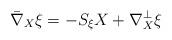
LaTeX: \begin{align*}\bar{\nabla}_X \xi=-S_\xi X+\nabla^\perp_X \xi\end{align*}